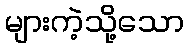
များကဲ့သို့သော